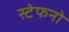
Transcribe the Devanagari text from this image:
स्टेफनो